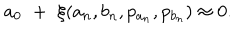
LaTeX: a _ { 0 } \, \, + \, \, \xi ( a _ { n } , b _ { n } , p _ { a _ { n } } , p _ { b _ { n } } ) \approx 0 .